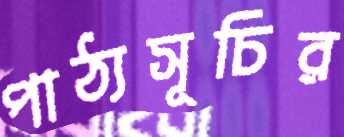
পাঠ্যসূচির